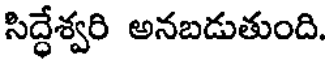
సిద్ధేశ్వరి అనబడుతుంది.